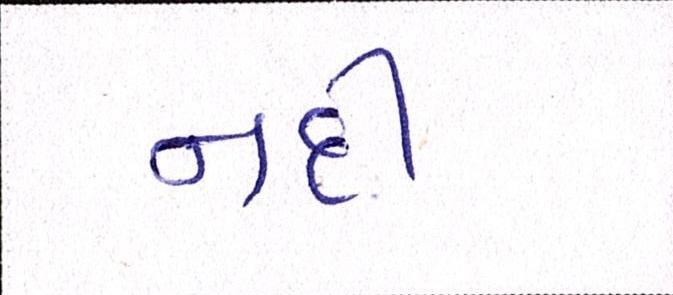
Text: નદી